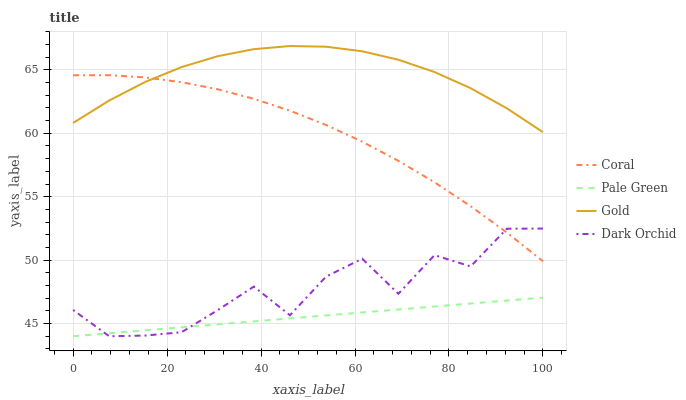
| xaxis_label | Coral | Pale Green | Gold | Dark Orchid |
 | --- | --- | --- | --- | --- |
 | 0 | 64.6 | 44 | 60.8 | 46.1 |
 | 7.69 | 64.6 | 44.2 | 62.6 | 44 |
 | 15.4 | 64.4 | 44.5 | 64.1 | 44.1 |
 | 23.1 | 64 | 44.7 | 65.2 | 44.3 |
 | 30.8 | 63.5 | 44.9 | 66.1 | 46.1 |
 | 38.5 | 62.7 | 45.2 | 66.6 | 47.9 |
 | 46.2 | 61.8 | 45.4 | 66.9 | 45.7 |
 | 53.8 | 60.7 | 45.6 | 66.8 | 48.7 |
 | 61.5 | 59.3 | 45.9 | 66.5 | 50.1 |
 | 69.2 | 57.8 | 46.1 | 65.8 | 47.4 |
 | 76.9 | 56.1 | 46.3 | 64.8 | 50.4 |
 | 84.6 | 54.3 | 46.6 | 63.6 | 49.5 |
 | 92.3 | 52.2 | 46.8 | 62 | 52.5 |
 | 100 | 49.9 | 47 | 60.1 | 52.5 |